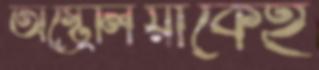
অস্ট্রেলিয়াকেই